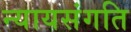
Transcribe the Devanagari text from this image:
न्यायसंगति